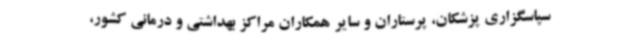
سپاسگزاری پزشکان، پرستاران و سایر همکاران مراکز بهداشتی و درمانی کشور،